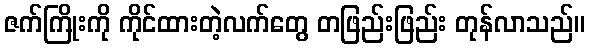
ဇက်ကြိုးကို ကိုင်ထားတဲ့လက်တွေ တဖြည်းဖြည်း တုန်လာသည်။